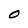
Character: O